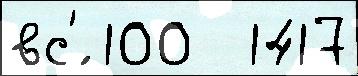
вс'́ 100  1417